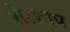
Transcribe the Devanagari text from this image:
रोरशाप